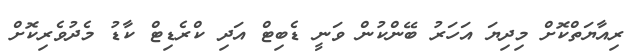
ރިއާޔަތްކޮށް މިދިޔަ އަހަރު ބޭންކުން ވަނީ ޑެބިޓް އަދި ކްރެޑިޓް ކާޑު މެދުވެރިކޮށް